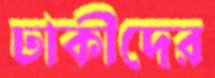
ঢাকীদের